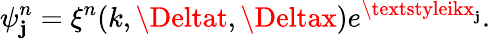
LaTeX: \psi_{\mathbf{j}}^{n}=\xi^{n}(k,\Deltat,\Deltax)e^{\textstyleikx_{\mathbf{j}}}.